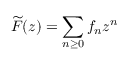
{ \widetilde { F } } ( z ) = \sum _ { n \geq 0 } f _ { n } z ^ { n }